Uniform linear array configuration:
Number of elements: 8
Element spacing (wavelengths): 0.25
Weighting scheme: cosine
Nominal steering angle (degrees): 45
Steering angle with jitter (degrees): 46.249
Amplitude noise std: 0.05
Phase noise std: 0.05

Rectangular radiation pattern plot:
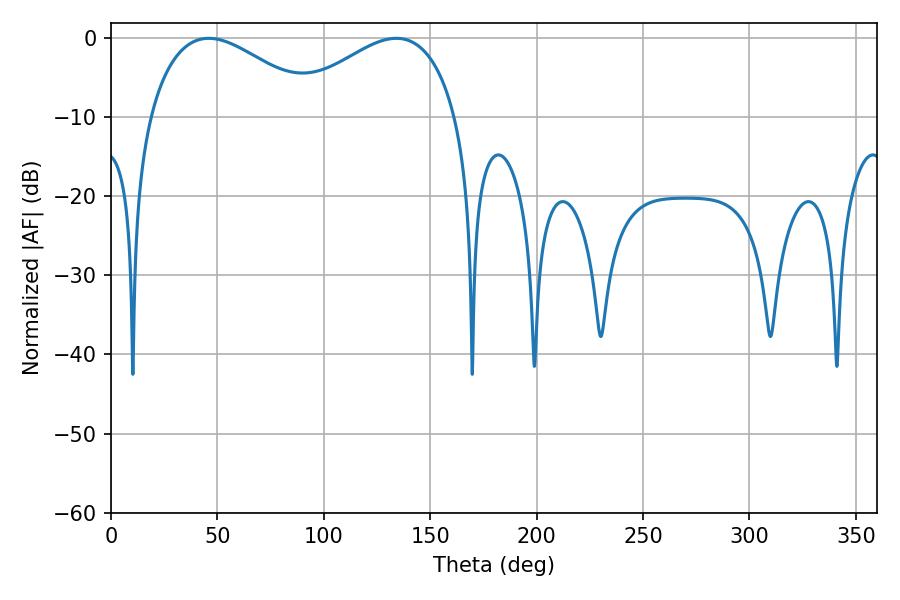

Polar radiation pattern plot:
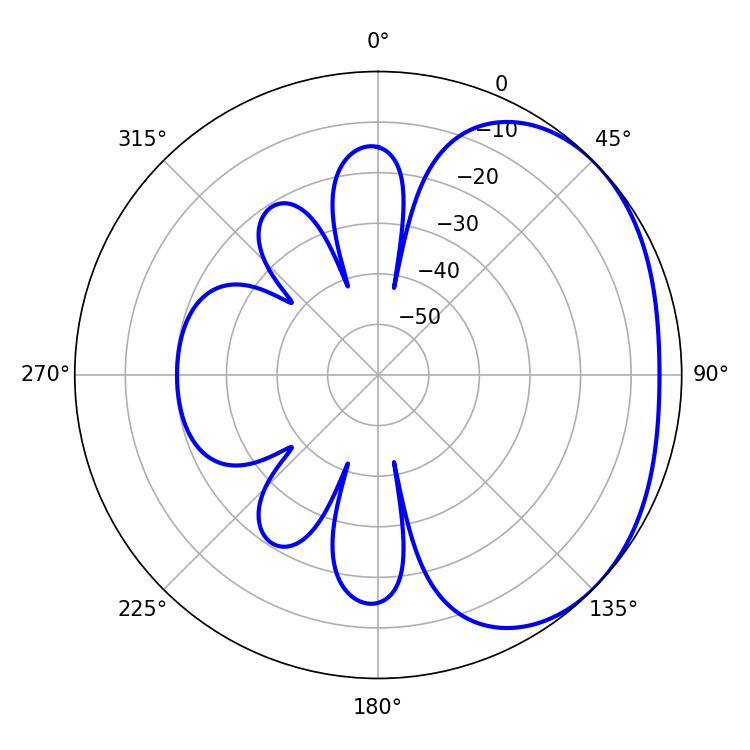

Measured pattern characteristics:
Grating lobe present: FALSE
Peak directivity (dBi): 2.261
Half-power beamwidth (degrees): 43.74
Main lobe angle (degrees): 45.9